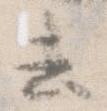
去